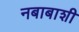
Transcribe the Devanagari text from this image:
नबाबाशी